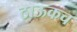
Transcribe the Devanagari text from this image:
ठाऊकच